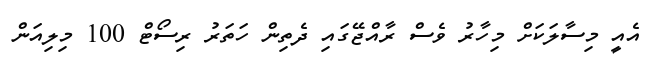
އެއީ މިސާލަކަށް މިހާރު ވެސް ރާއްޖޭގައި ދެތިން ހަތަރު ރިސޯޓް 100 މިލިއަން